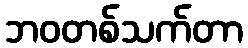
ဘဝတစ်သက်တာ